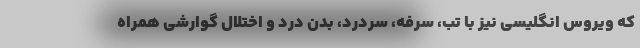
که ویروس انگلیسی نیز با تب، سرفه، سردرد، بدن درد و اختلال گوارشی همراه